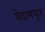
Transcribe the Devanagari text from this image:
वेदामधून